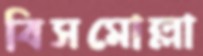
বিসমোল্লা